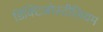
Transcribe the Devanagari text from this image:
डिक्टिओस्टीलियम